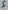
Text: 5